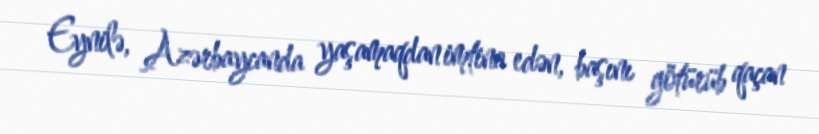
Eynilə, Azərbaycanda yaşamaqdan imtina edən, başını götürüb qaçan